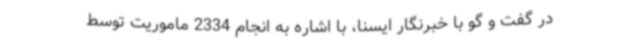
در گفت و گو با خبرنگار ایسنا، با اشاره به انجام 2334 ماموریت توسط